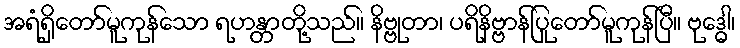
အရံရှိတော်မူကုန်သော ရဟန္တာတို့သည်။ နိဗ္ဗုတာ၊ ပရိနိဗ္ဗာန်ပြုတော်မူကုန်ပြီ။ ဗုဒ္ဓေါ၊